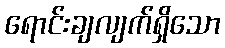
ရောင်းချလျက်ရှိသော